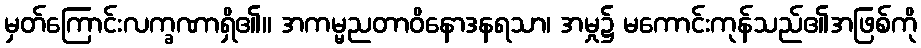
မှတ်ကြောင်းလက္ခဏာရှိ၏။ အကမ္မညတာဝိနောဒနရသာ၊ အမှု၌ မကောင်းကုန်သည်၏အဖြစ်ကို